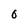
Character: 0